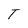
Character: T